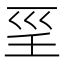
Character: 𡿱